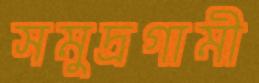
সমুদ্রগামী